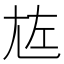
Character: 㝾